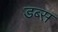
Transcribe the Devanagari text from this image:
डब्स